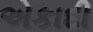
એકાદી